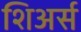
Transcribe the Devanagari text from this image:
शिअर्स